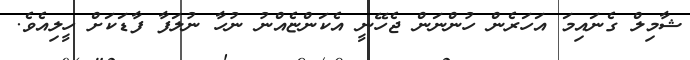
ޝާމިލް ގެނައިމަ އަހަރެން ހުންނަން ޖެހޭނީ އެކަންޏެއްނު ނުހާ ނުލަފާ ފާޑަކަށް ހީލިއެވެ.